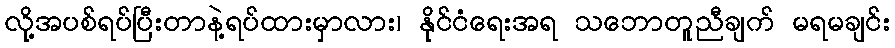
လို့အပစ်ရပ်ပြီးတာနဲ့ရပ်ထားမှာလား၊ နိုင်ငံရေးအရ သဘောတူညီချက် မရမချင်း